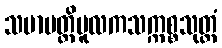
သမာပတ္တိမူလကသက္ကစ္စသုတ္တံ